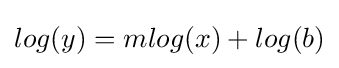
log(y)=mlog(x)+log(b)